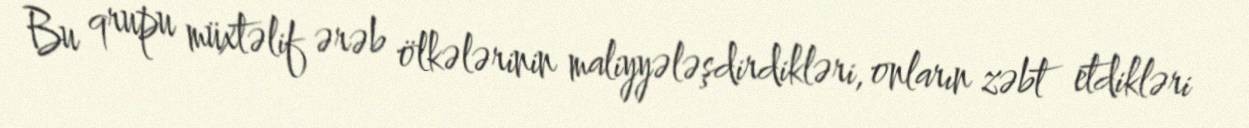
Bu qrupu müxtəlif ərəb ölkələrinin maliyyələşdirdikləri, onların zəbt etdikləri